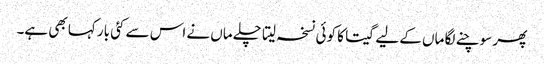
پھر سوچنے لگا ماں کے لیے گیتا کا کوئی نسخہ لیتا چلے ماں نے اس سے کئی بار کہا بھی ہے۔